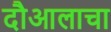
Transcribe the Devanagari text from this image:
दौआलाचा